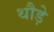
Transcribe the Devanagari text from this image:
थौड़े